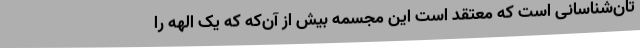
تان‌شناسانی است که معتقد است این مجسمه بیش از آن‌که که یک الهه را